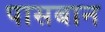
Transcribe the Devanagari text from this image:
पासबान